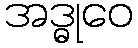
အဒ္ဓုဝေ